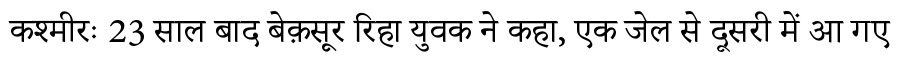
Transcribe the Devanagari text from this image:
कश्मीरः 23 साल बाद बेक़सूर रिहा युवक ने कहा, एक जेल से दूसरी में आ गए